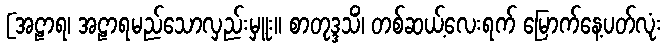
[အဠာရ၊ အဠာရမည်သောလှည်းမှူး။ စာတုဒ္ဒသိံ၊ တစ်ဆယ့်လေးရက် မြောက်နေ့ပတ်လုံး